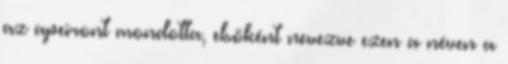
az apeiront mondotta, elsőként nevezve ezen a néven a